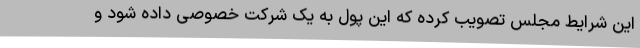
این شرایط مجلس تصویب کرده که این پول به یک شرکت خصوصی داده شود و